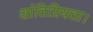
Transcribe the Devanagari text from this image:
शांतिप्रियता।